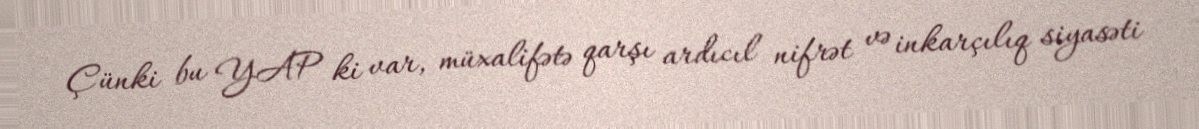
Çünki bu YAP ki var, müxalifətə qarşı ardıcıl nifrət və inkarçılıq siyasəti